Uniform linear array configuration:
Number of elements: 16
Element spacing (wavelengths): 1
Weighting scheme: hann
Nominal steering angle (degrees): -30
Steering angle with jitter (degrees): -28.586
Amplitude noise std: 0.05
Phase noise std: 0.05

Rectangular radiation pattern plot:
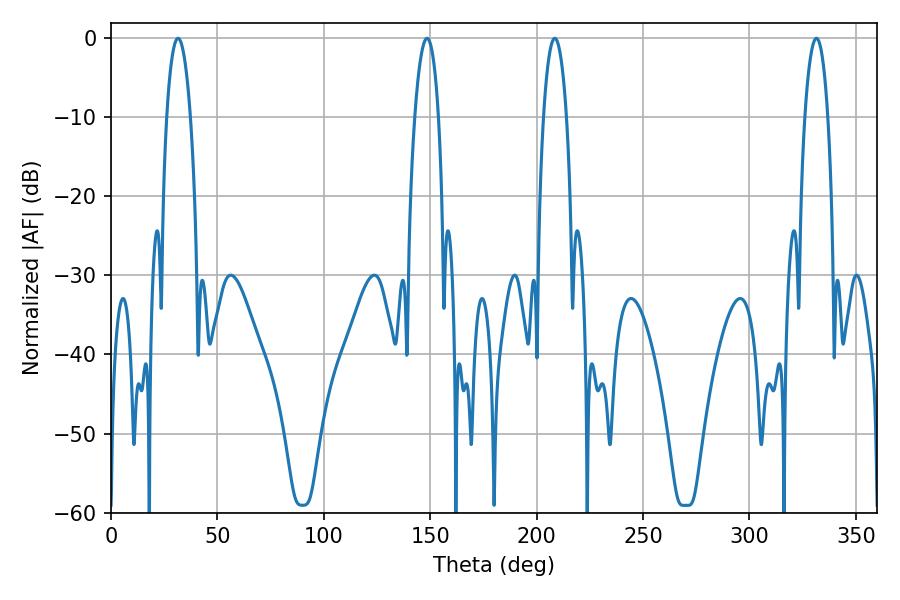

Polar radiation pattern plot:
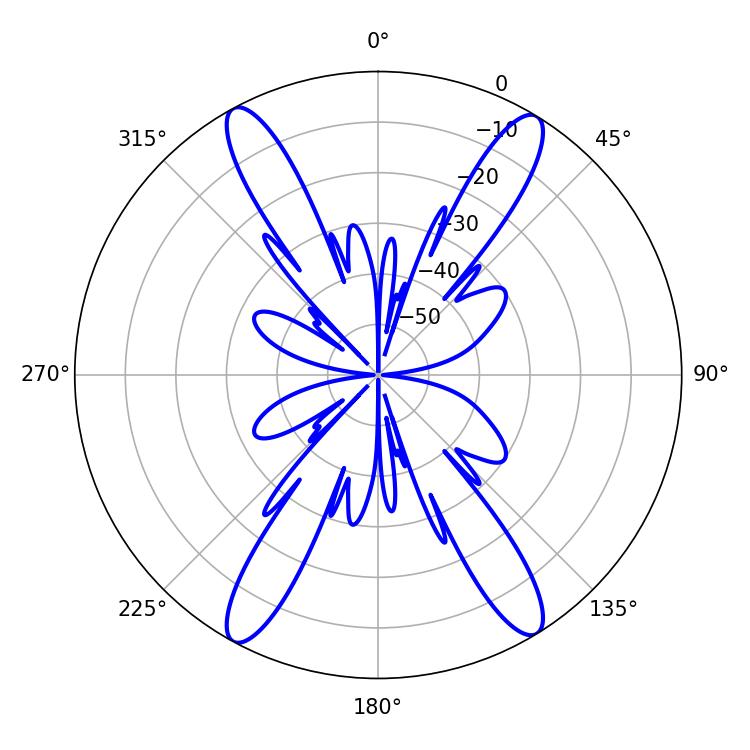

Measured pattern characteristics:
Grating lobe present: TRUE
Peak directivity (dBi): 21.483
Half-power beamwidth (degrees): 6.3
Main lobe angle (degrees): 148.5